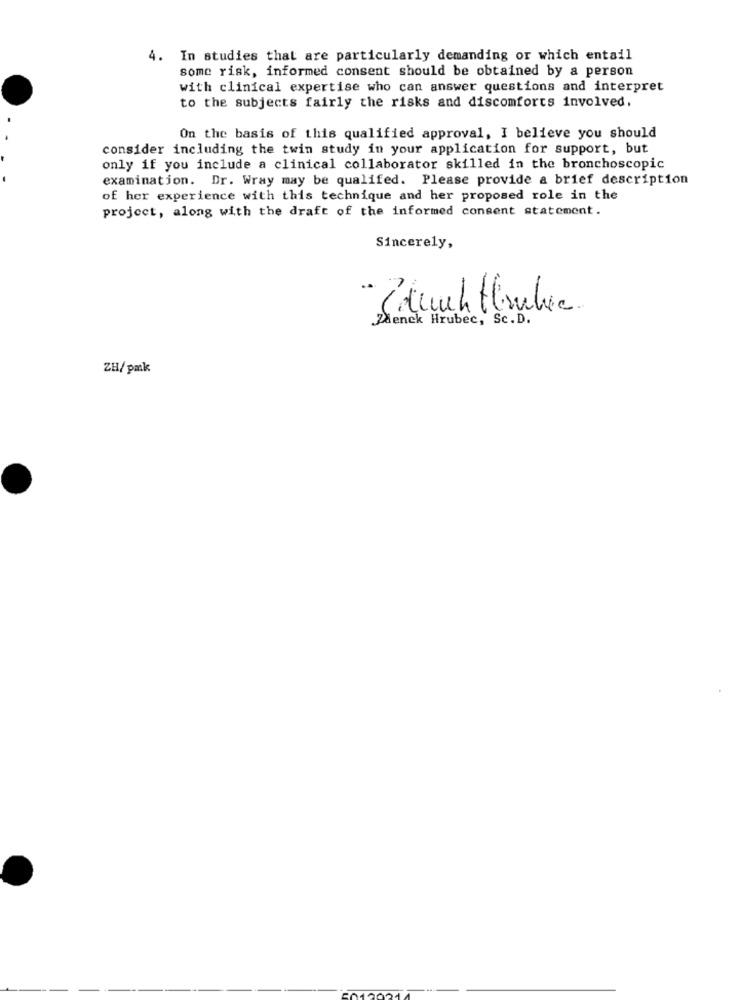
4. In studies that are particularly demanding or which entail
some risk, informed consent should be obtained by a person
with clinical expertise who can answer questions and interpret
to the subjects fairly the risks and discomforts involved.
On the basis of this qualified approval, I believe you should
consider including the twin study in your application for support, but
only if you include a clinical collaborator skilled in the bronchoscopic
examination. Dr. Wray may be qualifed. Please provide a brief description
of her experience with this technique and her proposed role in the
project, along with the draft of the informed consent statement.
Sincerely,
Zdenek Hrubec, Sc. D.
ZH/pmk